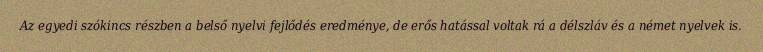
Az egyedi szókincs részben a belső nyelvi fejlődés eredménye, de erős hatással voltak rá a délszláv és a német nyelvek is.